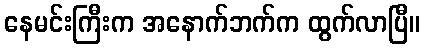
နေမင်းကြီးက အနောက်ဘက်က ထွက်လာပြီ။